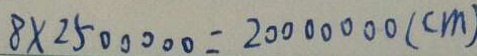
8 \times 2 5 0 0 0 0 0 = 2 0 0 0 0 0 0 0 ( c m )